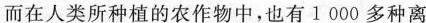
而在人类所种植的农作物中，也有1000多种离